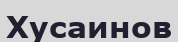
Хусаинов